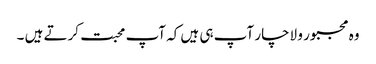
وہ مجبور و لاچار آپ ہی ہیں کہ آپ محبت کرتے ہیں ۔